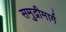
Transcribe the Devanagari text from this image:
समुद्रीमार्ग